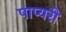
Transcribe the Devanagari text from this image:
पाप्यरी